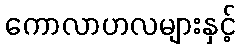
ကောလာဟလများနှင့်